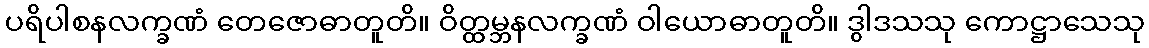
ပရိပါစနလက္ခဏံ တေဇောဓာတူတိ။ ဝိတ္ထမ္ဘနလက္ခဏံ ဝါယောဓာတူတိ။ ဒွါဒသသု ကောဋ္ဌာသေသု